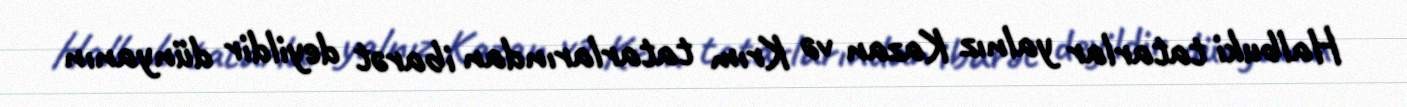
Halbuki tatarlar yalnız Kazan və Krım tatarlarından ibarət deyildir dünyanın